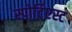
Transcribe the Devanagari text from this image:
स्पोर्टिएस्ट